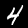
Label: 4